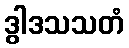
ဒွါဒသသတံ